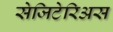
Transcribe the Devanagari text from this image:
सेजिटेरिअस